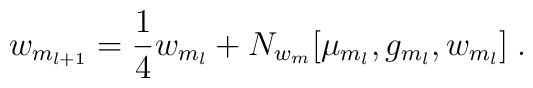
w_{m_{l+1}}={1 \over 4} w_{m_l} + N_{w_m}[\mu_{m_l}, g_{m_l},w_{m_l}] \;.